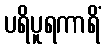
ပရိပူရကာရိံ